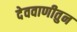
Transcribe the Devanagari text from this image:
देववाणीतुन